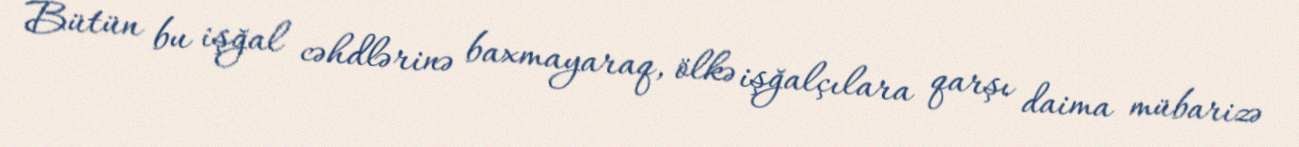
Bütün bu işğal cəhdlərinə baxmayaraq, ölkə işğalçılara qarşı daima mübarizə